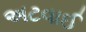
અટવાઈ